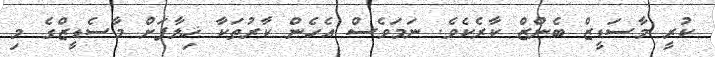
ކުރީ މާސަޑީޒް ބެންޒް ކާރެކެވެ. ނަމަވެސް އެހެން ކާރުތަކާ ޚިލާފަށް މާސެޑީޒްގެ މި